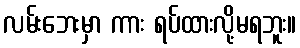
လမ်းဘေးမှာ ကား ရပ်ထားလို့မရဘူး။